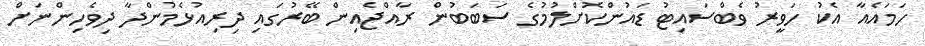
ހަމައެއާ އެކު ހަވީރު ވެބްސައިޓު ޑައުންކޮށްލުމުގެ ސަބަބުން ރާއްޖެއިން ބޭރުގައި ދިރިއުޅެމުންދާ ދިވެހިންނަށް